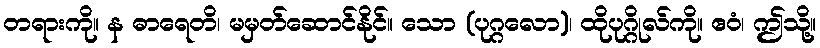
တရားကို။ န ဓာရေတိ၊ မမှတ်ဆောင်နိုင်။ သော (ပုဂ္ဂလော)၊ ထိုပုဂ္ဂိုလ်ကို။ ဧဝံ၊ ဤသို့။